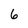
Character: 6